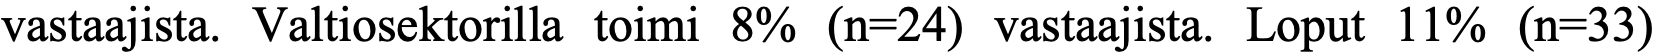
vastaajista. Valtiosektorilla toimi 8% (n=24) vastaajista. Loput 11% (n=33)